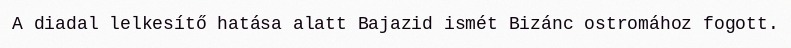
A diadal lelkesítő hatása alatt Bajazid ismét Bizánc ostromához fogott.